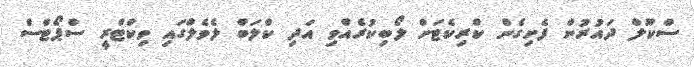
ސްކޫލް ދައުރުން ފެށިގެން ކްރިކެޓަށް ލޯބިކުރެއްވި އަދި ކްލަބް ލެވެލްގައި ވިކްޓްރީ ސްޕޯޓްސް